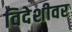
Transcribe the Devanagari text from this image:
विदेशीवर